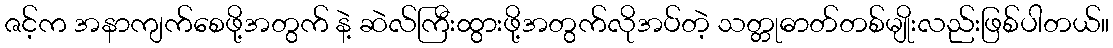
ဇင့်က အနာကျက်စေဖို့အတွက် နဲ့ ဆဲလ်ကြီးထွားဖို့အတွက်လိုအပ်တဲ့ သတ္တုဓာတ်တစ်မျိုးလည်းဖြစ်ပါတယ်။